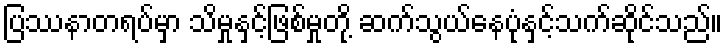
ပြဿနာတရပ်မှာ သိမှုနှင့်ဖြစ်မှုတို့ ဆက်သွယ်နေပုံနှင့်သက်ဆိုင်သည်။